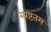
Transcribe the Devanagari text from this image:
स्पष्टतम